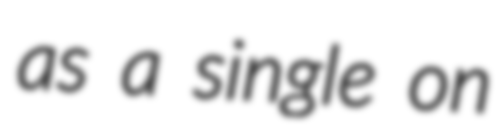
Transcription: as a single on